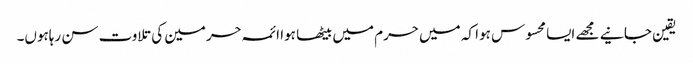
یقین جانیے مجھے ایسا محسوس ہوا کہ میں حرم میں بیٹھا ہوا ائمہ حرمین کی تلاوت سن رہاہوں۔